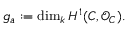
g _ { a } : = \dim _ { k } H ^ { 1 } ( C , { \mathcal { O } } _ { C } ) .